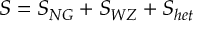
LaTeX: S = S _ { N G } + S _ { W Z } + S _ { h e t }